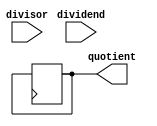
module non_restoring_divider (
    input signed [31:0] dividend,
    input signed [31:0] divisor,
    output reg signed [31:0] quotient
);

reg [31:0] remainder;
reg signed [31:0] neg_dividend, neg_divisor;
reg signed [31:0] adjust_value;
reg [4:0] count;
reg neg_flag;

always @(*) begin
    neg_dividend = dividend[31] ? ~dividend + 1 : dividend;
    neg_divisor = divisor[31] ? ~divisor + 1 : divisor;
    adjust_value = {32'd0, neg_divisor};
    count = 5'd0;
    remainder = neg_dividend;
    neg_flag = 1'b0;
end

always @(posedge clk) begin
    if (count < 5) begin
        if (neg_flag) begin
            remainder = remainder + adjust_value;
            neg_flag = remainder[31];
            remainder = remainder << 1;
        end else begin
            remainder = remainder << 1;
            remainder = remainder - adjust_value;
            
            if (remainder[31]) begin
                remainder = remainder + adjust_value;
            end else begin
                neg_flag = 1'b1;
            end
        end
        
        count = count + 1;
    end else if (count == 5) begin
        quotient = neg_flag ? remainder[31:0] + 1 : remainder[31:0];
    end
end

endmodule